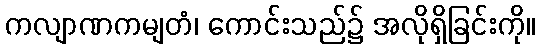
ကလျာဏကမျတံ၊ ကောင်းသည်၌ အလိုရှိခြင်းကို။